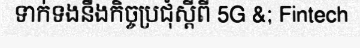
ទាក់ទងនឹងកិច្ចប្រជុំស្តីពី 5G &; Fintech